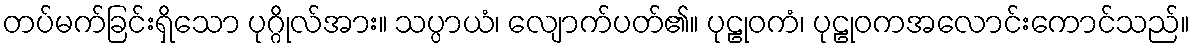
တပ်မက်ခြင်းရှိသော ပုဂ္ဂိုလ်အား။ သပ္ပာယံ၊ လျောက်ပတ်၏။ ပုဠုဝကံ၊ ပုဠုဝကအလောင်းကောင်သည်။